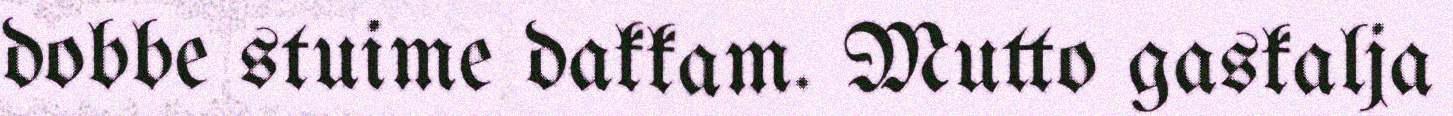
dobbe stuime dakkam. Mutto gaskalja